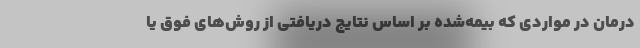
درمان در مواردی که بیمه‌شده بر اساس نتایج دریافتی از روش‌های فوق یا